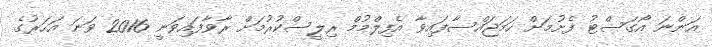
އަންނަ އޯގަސްޓު ފެށުމަށް ހަމަޖައްސާފައިވާ އެފިލްމުމް ރިލީސްކުރުމަށް ރާވާފައިވަނީ 2016 ވަނަ އަހަރުގެ